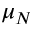
\mu _ { N }